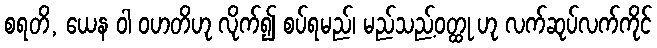
စရတိ, ယေန ဝါ ဝဟတိဟု လိုက်၍ စပ်ရမည်၊ မည်သည့်ဝတ္ထု ဟု လက်ဆုပ်လက်ကိုင်